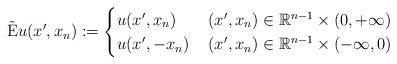
LaTeX: \begin{align*} \tilde{\mathrm{E}}u (x',x_n) &:= \begin{cases} u(x',x_n)\,& (x',x_n)\in\mathbb{R}^{n-1}\times(0,+\infty)\\ u(x',-x_n)\,& (x',x_n)\in\mathbb{R}^{n-1}\times(-\infty,0) \end{cases}\end{align*}